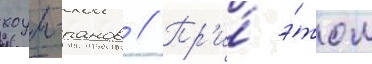
хоум-ранов // Пр'и́ э́том